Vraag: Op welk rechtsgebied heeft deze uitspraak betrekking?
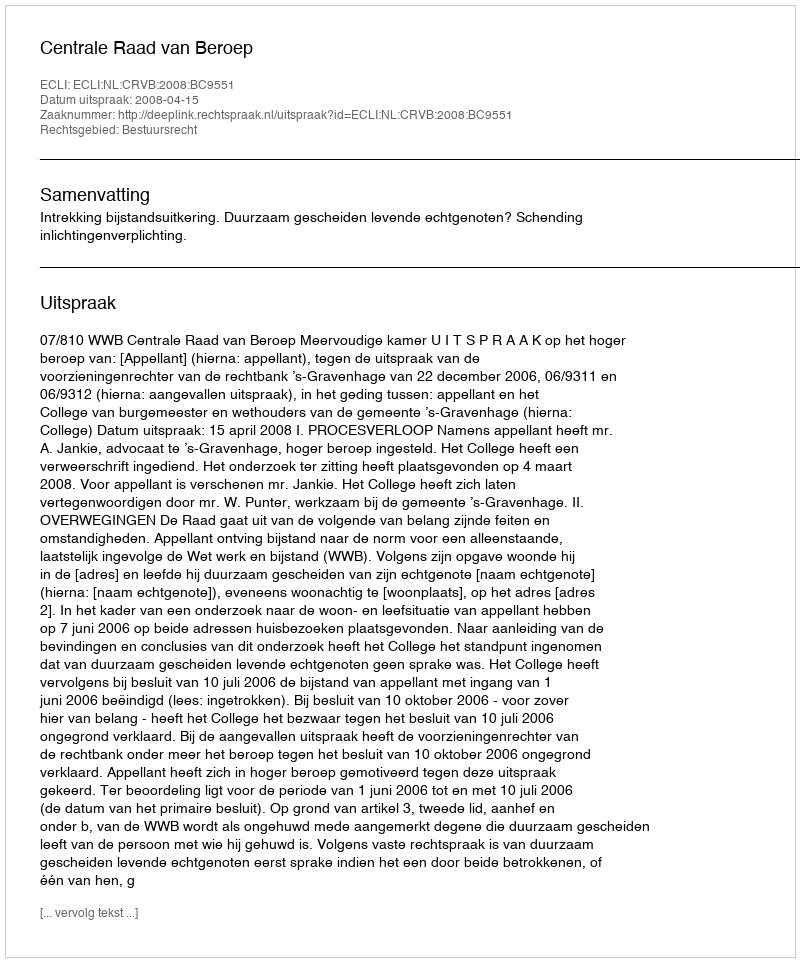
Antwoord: Bestuursrecht